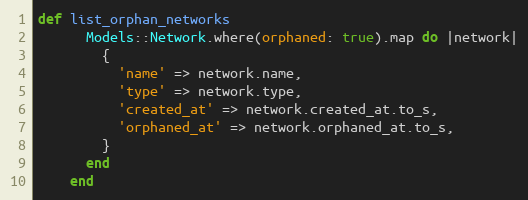
Language: Ruby
def list_orphan_networks
      Models::Network.where(orphaned: true).map do |network|
        {
          'name' => network.name,
          'type' => network.type,
          'created_at' => network.created_at.to_s,
          'orphaned_at' => network.orphaned_at.to_s,
        }
      end
    end